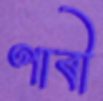
ণাবী